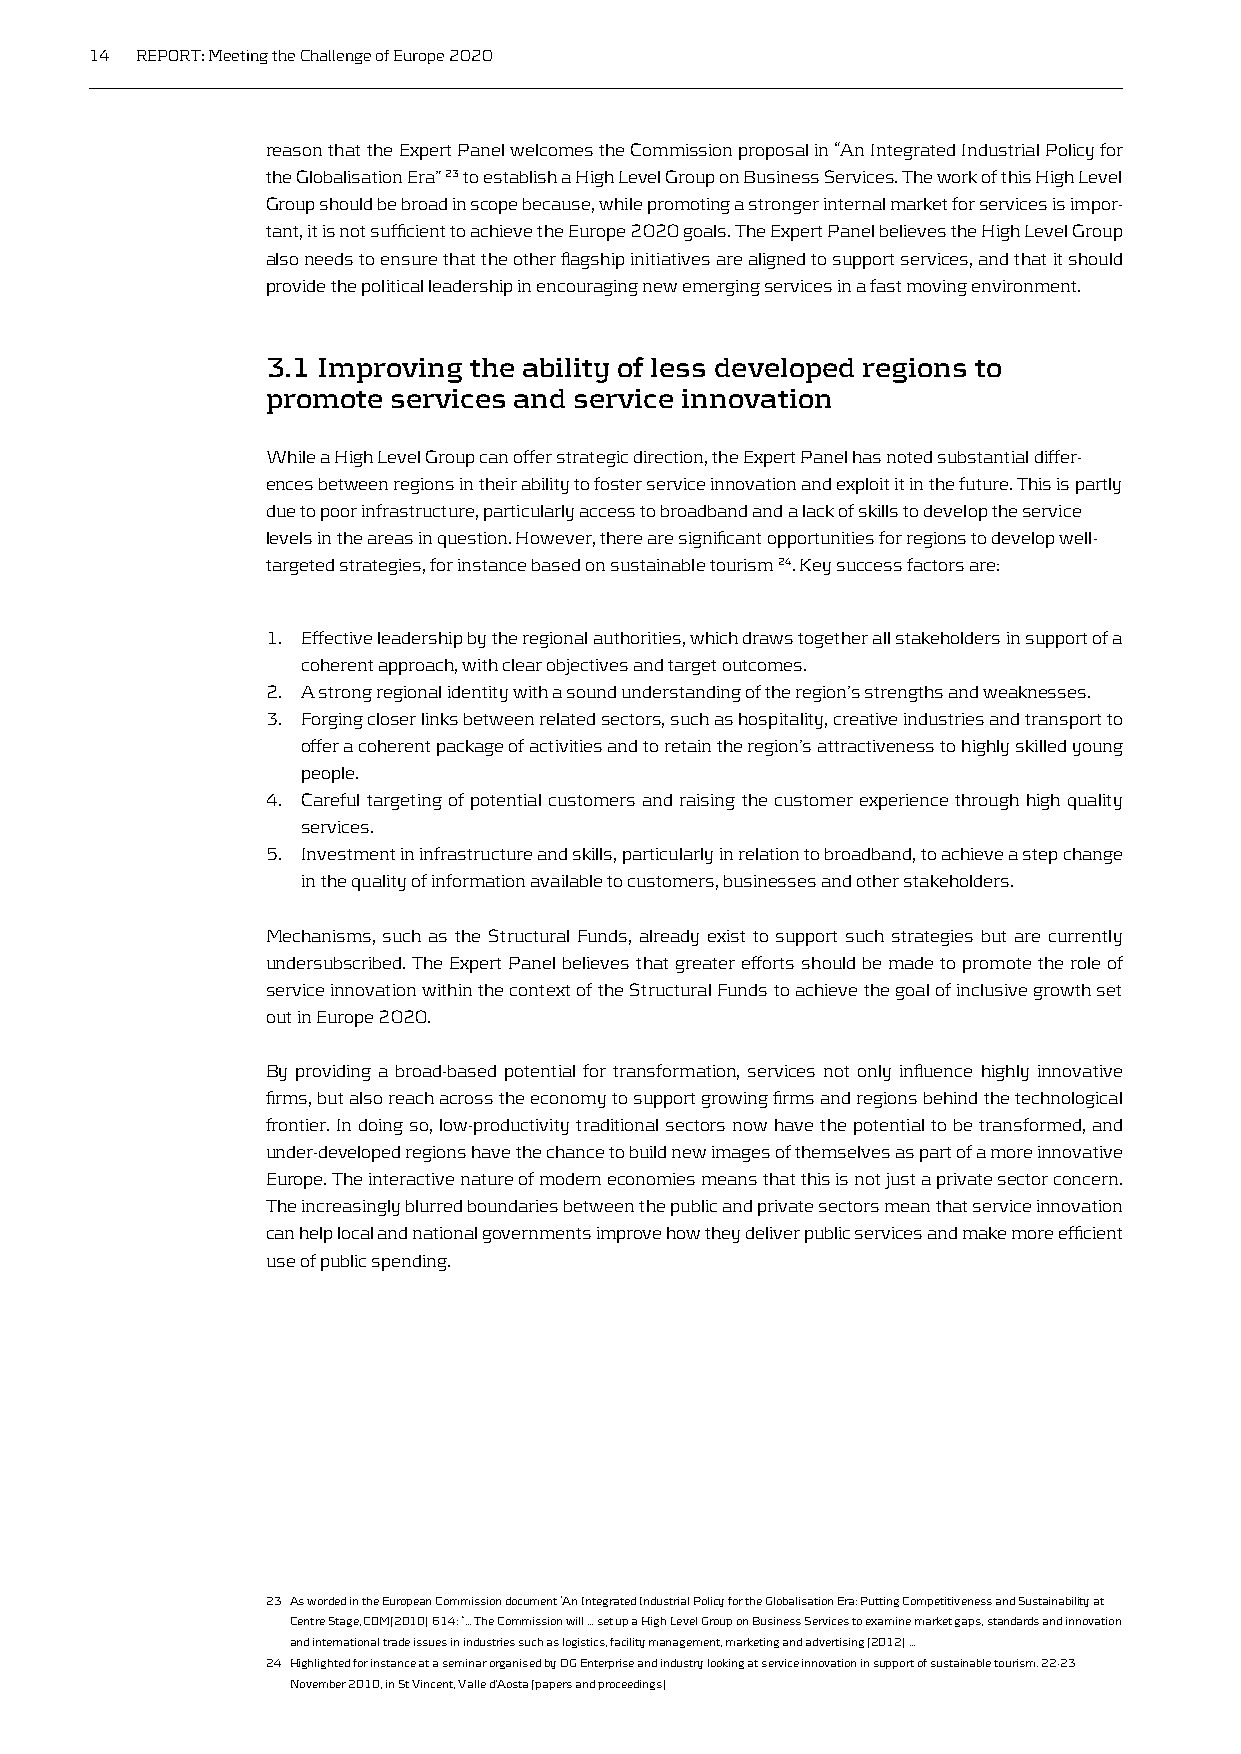
14 REPORT: Meeting the Challenge of Europe 2020
 reason that the Expert Panel welcomes the Commission proposal in “An Integrated Industrial Policy for
 the Globalisation Era” 23 to establish a High Level Group on Business Services. The work of this High Level
 Group should be broad in scope because, while promoting a stronger internal market for services is impor-
 tant, it is not sufficient to achieve the Europe 2020 goals. The Expert Panel believes the High Level Group
 also needs to ensure that the other flagship initiatives are aligned to support services, and that it should
 provide the political leadership in encouraging new emerging services in a fast moving environment.
 3.1 Improving the ability of less developed regions to
 promote services and service innovation
 While a High Level Group can offer strategic direction, the Expert Panel has noted substantial differ-
 ences between regions in their ability to foster service innovation and exploit it in the future. This is partly
 due to poor infrastructure, particularly access to broadband and a lack of skills to develop the service
 levels in the areas in question. However, there are significant opportunities for regions to develop well-
 targeted strategies, for instance based on sustainable tourism 24. Key success factors are:
 1. Effective leadership by the regional authorities, which draws together all stakeholders in support of a
 coherent approach, with clear objectives and target outcomes.
 2. A strong regional identity with a sound understanding of the region’s strengths and weaknesses.
 3. Forging closer links between related sectors, such as hospitality, creative industries and transport to
 offer a coherent package of activities and to retain the region’s attractiveness to highly skilled young
 people.
 4. Careful targeting of potential customers and raising the customer experience through high quality
 services.
 5. Investment in infrastructure and skills, particularly in relation to broadband, to achieve a step change
 in the quality of information available to customers, businesses and other stakeholders.
 Mechanisms, such as the Structural Funds, already exist to support such strategies but are currently
 undersubscribed. The Expert Panel believes that greater efforts should be made to promote the role of
 service innovation within the context of the Structural Funds to achieve the goal of inclusive growth set
 out in Europe 2020.
 By providing a broad-based potential for transformation, services not only influence highly innovative
 firms, but also reach across the economy to support growing firms and regions behind the technological
 frontier. In doing so, low-productivity traditional sectors now have the potential to be transformed, and
 under-developed regions have the chance to build new images of themselves as part of a more innovative
 Europe. The interactive nature of modern economies means that this is not just a private sector concern.
 The increasingly blurred boundaries between the public and private sectors mean that service innovation
 can help local and national governments improve how they deliver public services and make more efficient
 use of public spending.
 23 As worded in the European Commission document ‘An Integrated Industrial Policy for the Globalisation Era: Putting Competitiveness and Sustainability at
 Centre Stage, COM(2010) 614: “… The Commission will … set up a High Level Group on Business Services to examine market gaps, standards and innovation
 and international trade issues in industries such as logistics, facility management, marketing and advertising (2012) …
 24 Highlighted for instance at a seminar organised by DG Enterprise and industry looking at service innovation in support of sustainable tourism. 22-23
 November 2010, in St Vincent, Valle d’Aosta (papers and proceedings)